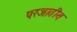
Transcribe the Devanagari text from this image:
परजातीय